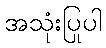
အသုံးပြုပါ